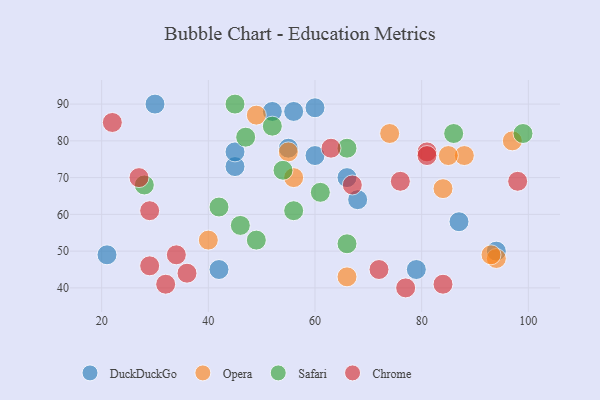
{"axis": {"x": "GDP", "y": "Life Expectancy"}, "legend": ["Chrome", "DuckDuckGo", "Opera", "Safari"], "data": [{"x": "87", "y": 58, "type": "DuckDuckGo"}, {"x": "52", "y": 88, "type": "DuckDuckGo"}, {"x": "56", "y": 88, "type": "DuckDuckGo"}, {"x": "55", "y": 78, "type": "DuckDuckGo"}, {"x": "94", "y": 50, "type": "DuckDuckGo"}, {"x": "30", "y": 90, "type": "DuckDuckGo"}, {"x": "60", "y": 76, "type": "DuckDuckGo"}, {"x": "45", "y": 73, "type": "DuckDuckGo"}, {"x": "68", "y": 64, "type": "DuckDuckGo"}, {"x": "60", "y": 89, "type": "DuckDuckGo"}, {"x": "42", "y": 45, "type": "DuckDuckGo"}, {"x": "66", "y": 70, "type": "DuckDuckGo"}, {"x": "21", "y": 49, "type": "DuckDuckGo"}, {"x": "45", "y": 77, "type": "DuckDuckGo"}, {"x": "79", "y": 45, "type": "DuckDuckGo"}, {"x": "88", "y": 76, "type": "Opera"}, {"x": "94", "y": 48, "type": "Opera"}, {"x": "84", "y": 67, "type": "Opera"}, {"x": "85", "y": 76, "type": "Opera"}, {"x": "56", "y": 70, "type": "Opera"}, {"x": "74", "y": 82, "type": "Opera"}, {"x": "49", "y": 87, "type": "Opera"}, {"x": "66", "y": 43, "type": "Opera"}, {"x": "97", "y": 80, "type": "Opera"}, {"x": "55", "y": 77, "type": "Opera"}, {"x": "93", "y": 49, "type": "Opera"}, {"x": "40", "y": 53, "type": "Opera"}, {"x": "45", "y": 90, "type": "Safari"}, {"x": "42", "y": 62, "type": "Safari"}, {"x": "86", "y": 82, "type": "Safari"}, {"x": "46", "y": 57, "type": "Safari"}, {"x": "56", "y": 61, "type": "Safari"}, {"x": "47", "y": 81, "type": "Safari"}, {"x": "54", "y": 72, "type": "Safari"}, {"x": "49", "y": 53, "type": "Safari"}, {"x": "61", "y": 66, "type": "Safari"}, {"x": "66", "y": 78, "type": "Safari"}, {"x": "52", "y": 84, "type": "Safari"}, {"x": "28", "y": 68, "type": "Safari"}, {"x": "66", "y": 52, "type": "Safari"}, {"x": "99", "y": 82, "type": "Safari"}, {"x": "29", "y": 61, "type": "Chrome"}, {"x": "34", "y": 49, "type": "Chrome"}, {"x": "32", "y": 41, "type": "Chrome"}, {"x": "36", "y": 44, "type": "Chrome"}, {"x": "22", "y": 85, "type": "Chrome"}, {"x": "27", "y": 70, "type": "Chrome"}, {"x": "72", "y": 45, "type": "Chrome"}, {"x": "29", "y": 46, "type": "Chrome"}, {"x": "84", "y": 41, "type": "Chrome"}, {"x": "81", "y": 77, "type": "Chrome"}, {"x": "81", "y": 76, "type": "Chrome"}, {"x": "98", "y": 69, "type": "Chrome"}, {"x": "76", "y": 69, "type": "Chrome"}, {"x": "77", "y": 40, "type": "Chrome"}, {"x": "67", "y": 68, "type": "Chrome"}, {"x": "63", "y": 78, "type": "Chrome"}]}